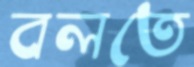
বলতে